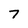
Character: 7